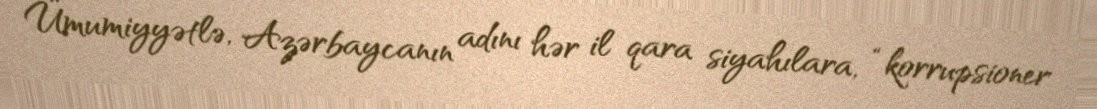
Ümumiyyətlə, Azərbaycanın adını hər il qara siyahılara, “korrupsioner